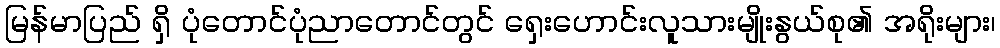
မြန်မာပြည် ရှိ ပုံတောင်ပုံညာတောင်တွင် ရှေးဟောင်းလူသားမျိုးနွယ်စု၏ အရိုးများ၊